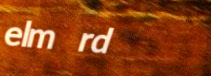
elm rd